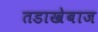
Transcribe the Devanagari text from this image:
तडाखेबाज